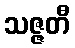
သဇ္ဇတီ